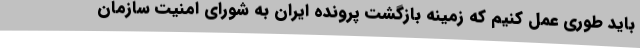
باید طوری عمل کنیم که زمینه بازگشت پرونده ایران به شورای امنیت سازمان